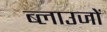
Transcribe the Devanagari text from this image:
ब्लाउजों